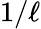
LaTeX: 1/\ell